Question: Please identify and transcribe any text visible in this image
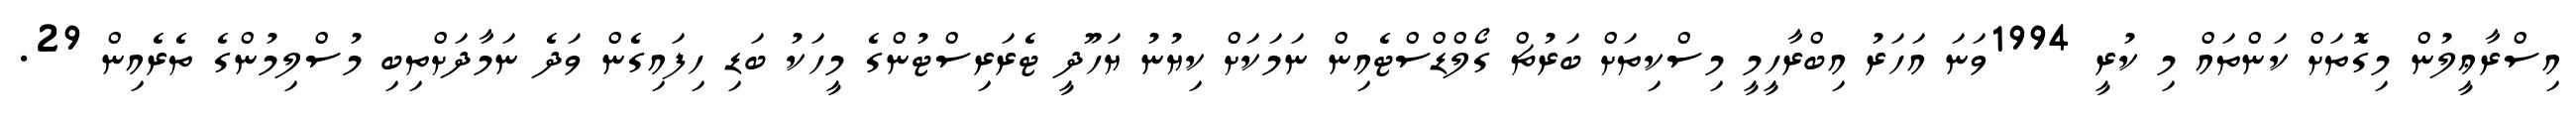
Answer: އިސްރާޢީލުން މިގޮތަށް ކަންތައް މި ކުރީ 1994ވަނަ އަހަރު އިބްރާހީމީ މިސްކިތަށް ބަރުޗް ގޯލްޑްސްޓެއިން ނަމަކަށް ކިޔުނު ޔަހޫދީ ޓެރަރިސްޓުންގެ މީހަކު ބަޑި ހިފައިގެން ވަދެ ނަމާދަށްތިބި މުސްލިމުންގެ ތެރެއިން 29.